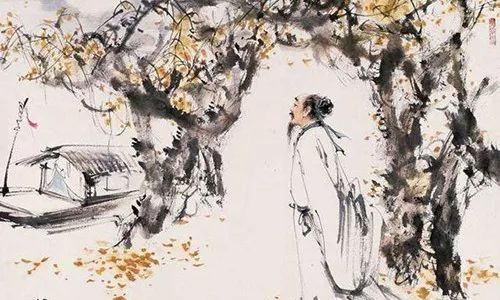
两处春光同日尽，居人思客客思家。